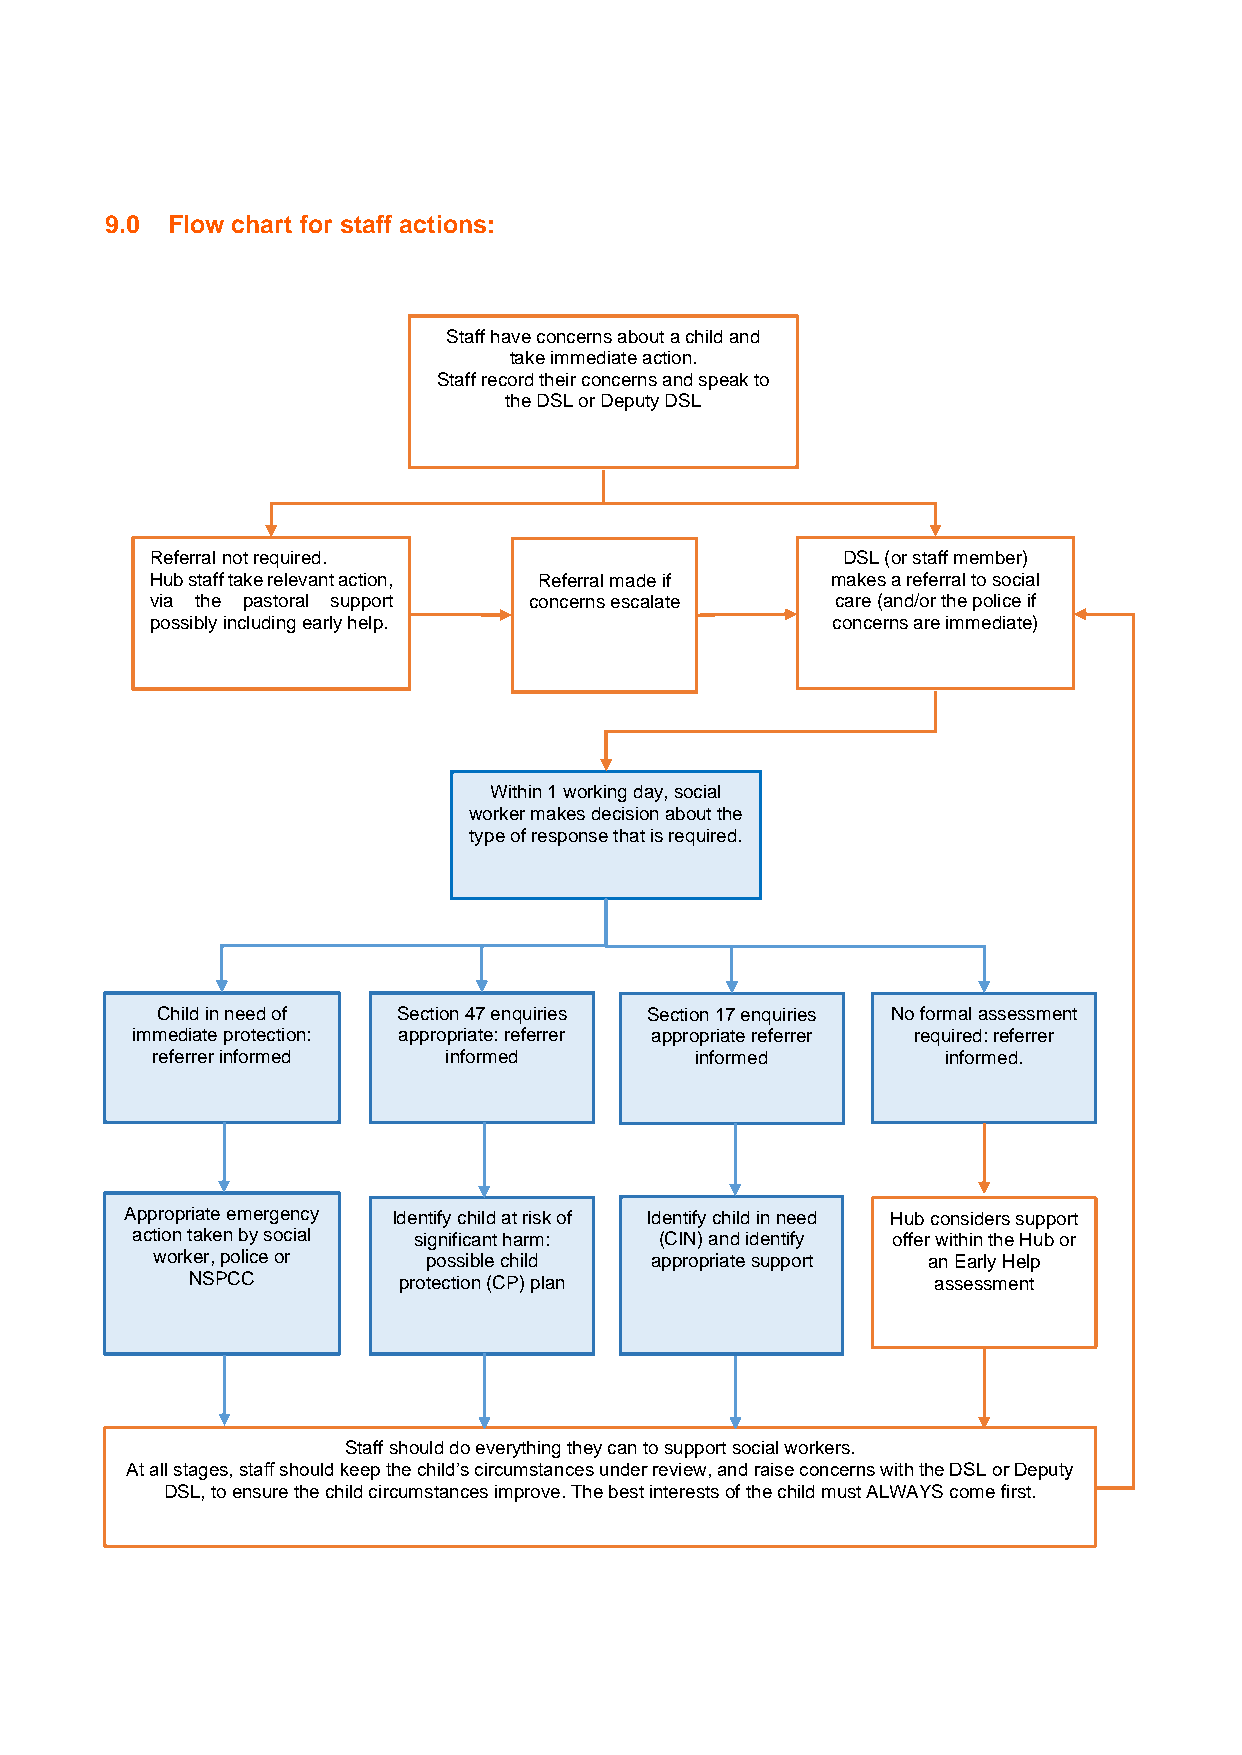
9.0 Flow chart for staff actions:
 Staff have concerns about a child and
 take immediate action.
 Staff record their concerns and speak to
 the DSL or Deputy DSL
 Referral not required.                        DSL (or staff member)
 Hub staff take relevant action, Referral made if makes a referral to social
 via the pastoral support concerns escalate   care (and/or the police if
 possibly including early help.               concerns are immediate)
 Within 1 working day, social
 worker makes decision about the
 type of response that is required.
 Child in need of Section 47 enquiries Section 17 enquiries No formal assessment
 immediate protection: appropriate: referrer appropriate referrer required: referrer
 referrer informed  informed         informed         informed.
 Appropriate emergency Identify child at risk of Identify child in need Hub considers support
 action taken by social significant harm: (CIN) and identify offer within the Hub or
 worker, police or possible child appropriate support an Early Help
 NSPCC        protection (CP) plan                assessment
 Staff should do everything they can to support social workers.
 At all stages, staff should keep the child’s circumstances under review, and raise concerns with the DSL or Deputy
 DSL, to ensure the child circumstances improve. The best interests of the child must ALWAYS come first.